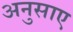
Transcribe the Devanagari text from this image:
अनुसाए